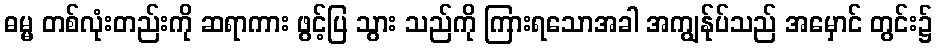
ဓမ္မ တစ်လုံးတည်းကို ဆရာကား ဖွင့်ပြ သွား သည်ကို ကြားရသောအခါ အကျွန်ုပ်သည် အမှောင် တွင်း၌